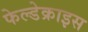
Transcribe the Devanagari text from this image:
फेल्डेक्राइस